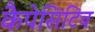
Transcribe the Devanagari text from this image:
कैपेसिटिव